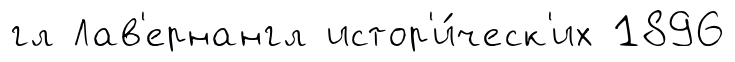
гл Лав'ернангл истор'и́ческ'их 1896